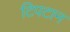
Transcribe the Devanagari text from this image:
टिपटान